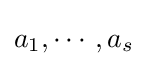
a_{1},\cdots ,a_{s}